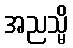
အညသ္မိ